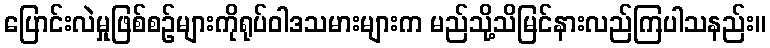
ပြောင်းလဲမှုဖြစ်စဉ်များကိုရုပ်ဝါဒသမားများက မည်သို့သိမြင်နားလည်ကြပါသနည်း။